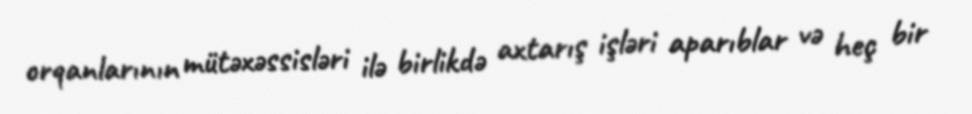
orqanlarının mütəxəssisləri ilə birlikdə axtarış işləri aparıblar və heç bir